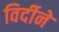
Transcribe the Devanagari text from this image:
विर्दीने